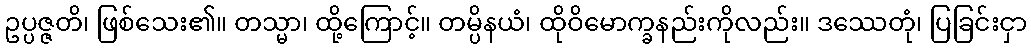
ဥပ္ပဇ္ဇတိ၊ ဖြစ်သေး၏။ တသ္မာ၊ ထို့ကြောင့်။ တမ္ပိနယံ၊ ထိုဝိမောက္ခနည်းကိုလည်း။ ဒဿေတုံ၊ ပြခြင်းငှာ